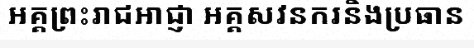
អគ្គព្រះរាជអាជ្ញា អគ្គសវនករនិងប្រធាន